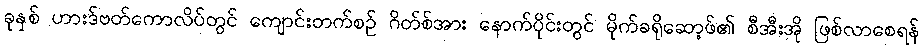
ခုနှစ် ဟားဒ်ဗတ်ကောလိပ်တွင် ကျောင်းတက်စဉ် ဂိတ်စ်အား နောက်ပိုင်းတွင် မိုက်ခရိုဆော့ဖ်၏ စီအီးအို ဖြစ်လာစေရန်